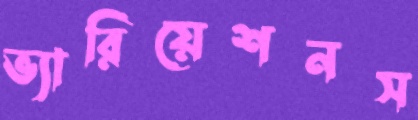
ভ্যারিয়েশনস